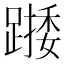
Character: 𨄖